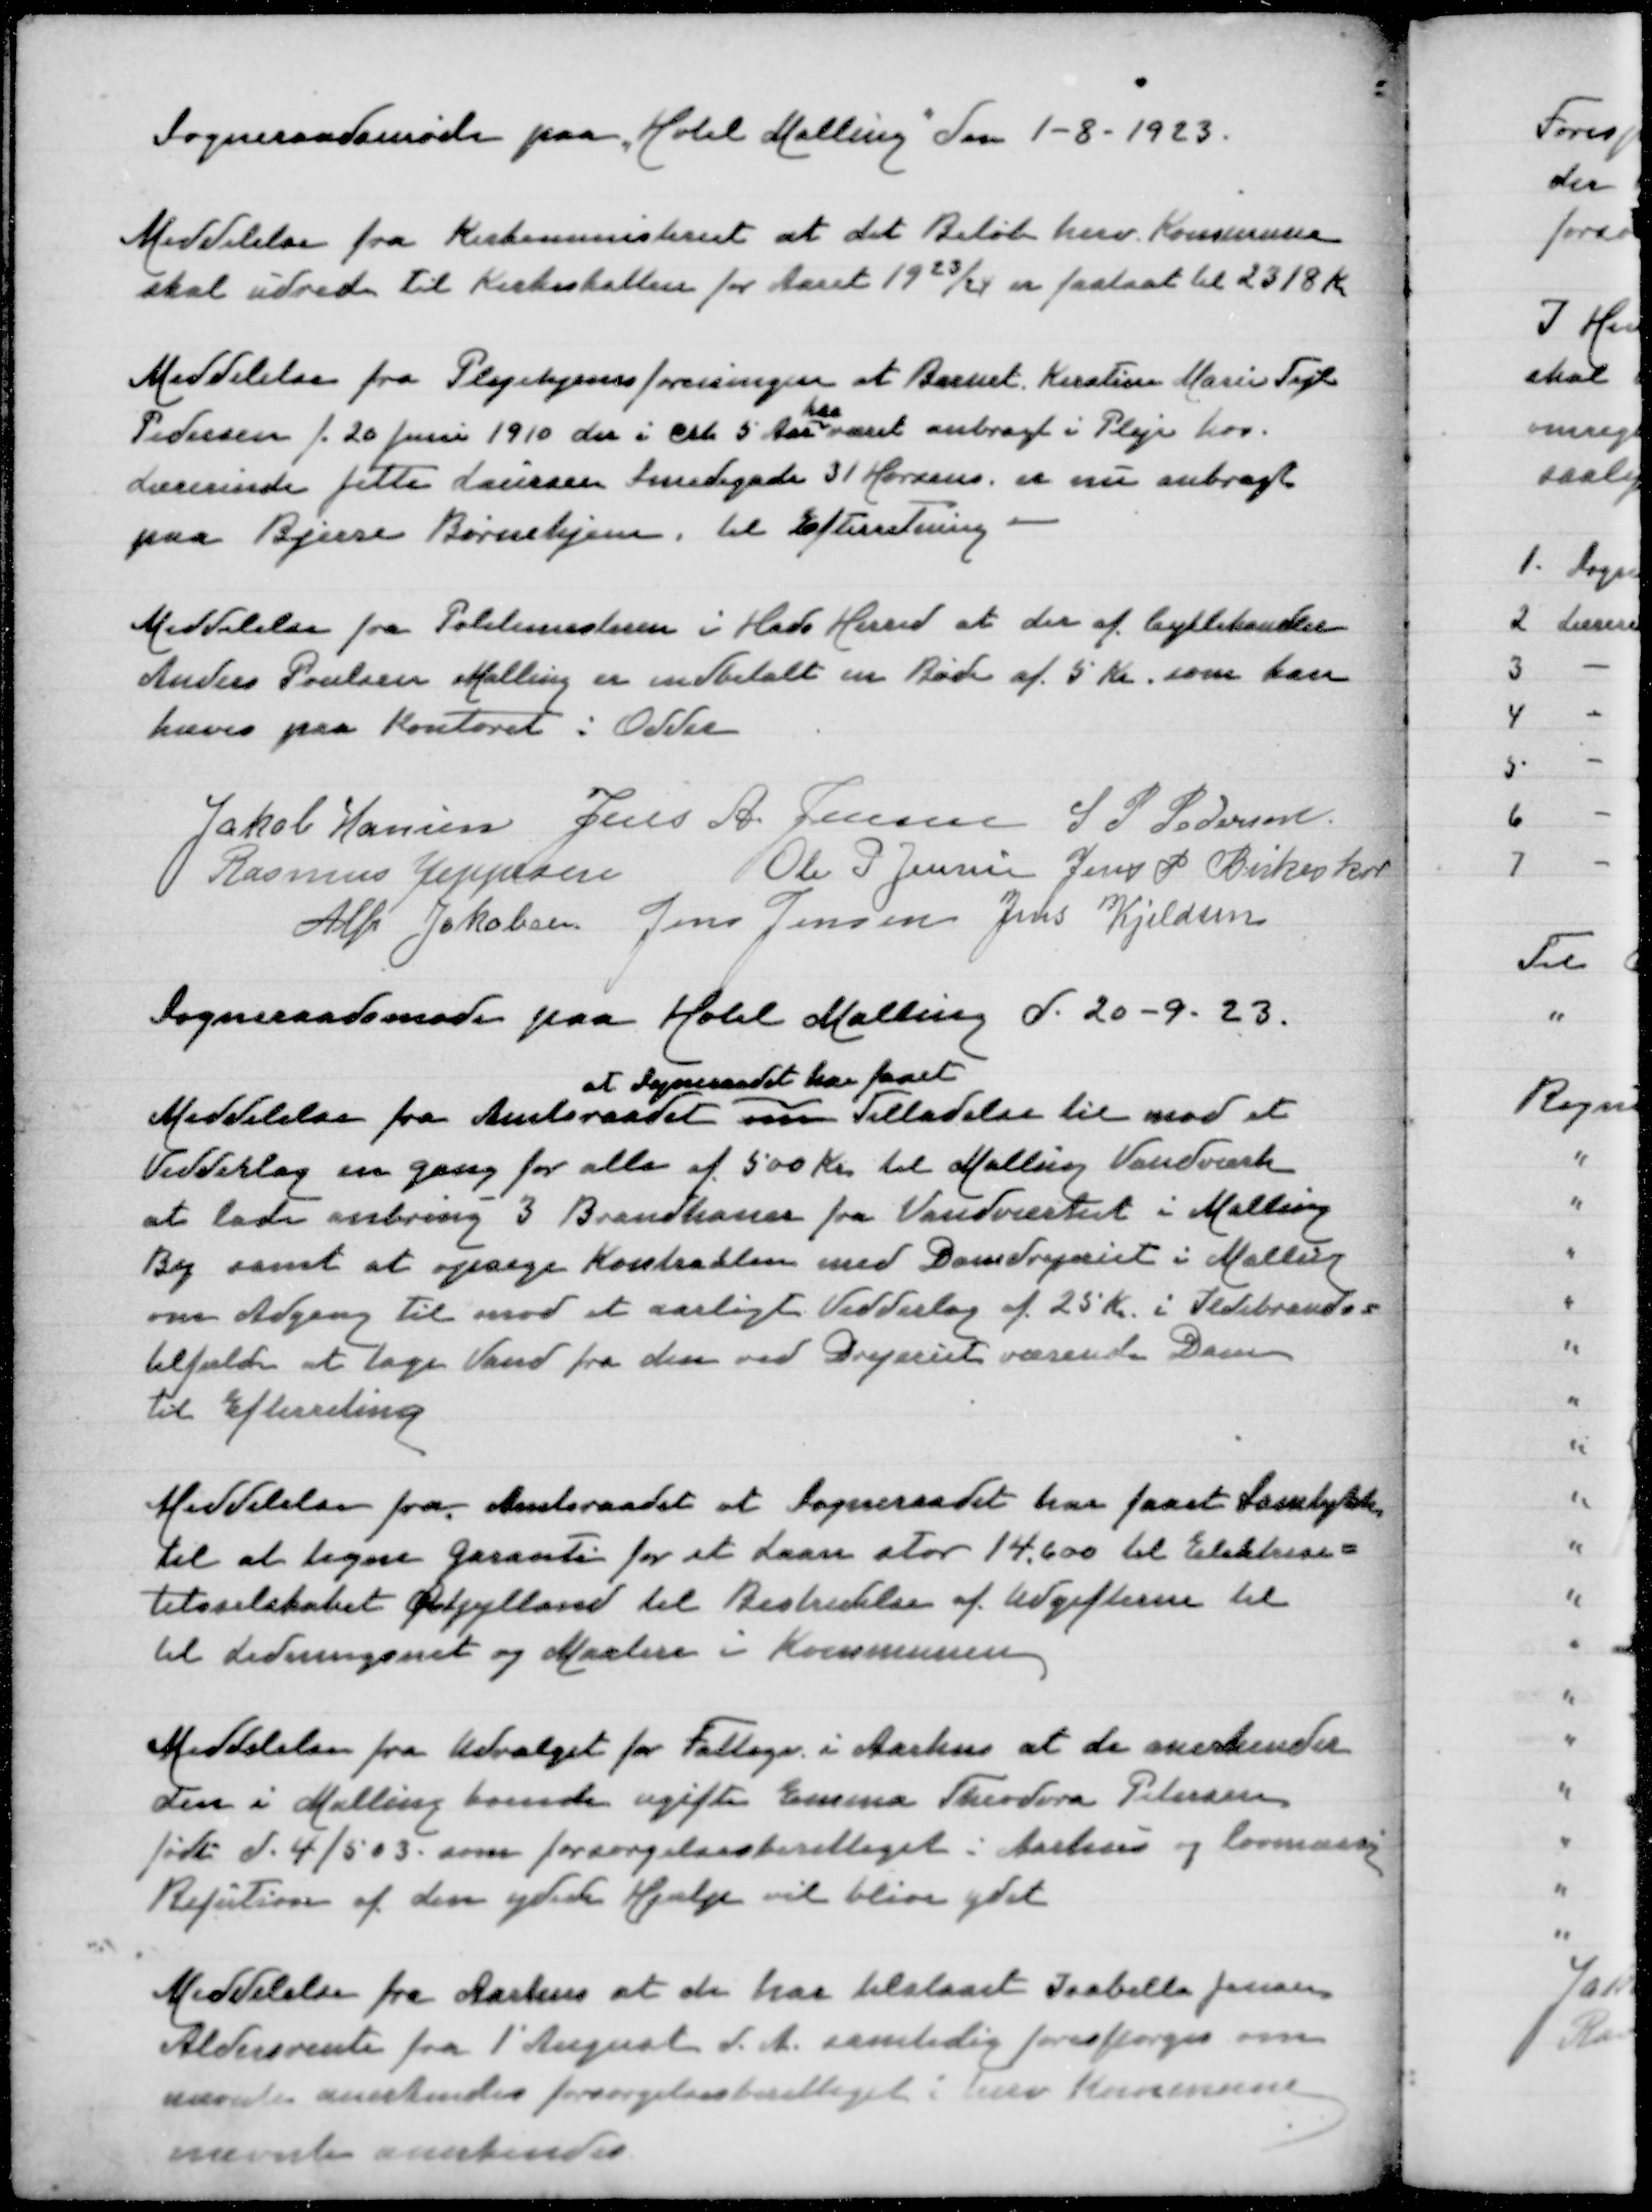
Transskription:
Sogneraadsmøde paa "Hotel Malling" den 1-8-1923
Meddelelse fra Kirkeministeriet at det beløb herv Kommune
skal udrede til Kirkeskatten for Aaret 1923/24 er fastsat til 2318 Kt
Meddelelse fra Plejehjemsforeningen at Barnet Kirstine Marie Fogh
har
Pedersen f. 20 Juni 1910 der i crk 5 Aar været anbragt i Pleje hos
Lærerinde Jette Laursen Smedegade 31 Horsens er nu anbragt
paa Bjerre Børnehjem, til Efterretning
Meddelelse fra Politimesteren i Hads Herred at der ef Cykelhandler
Anders Poulsen Malling er indbetalt en Bøde af 5 Kr som kan
hæves paa Kontoret i Odder
Jakob Hansen
Jens A Jensen
S P Pedersen
Rasmus Jeppesen
Ole P Jensen
Jens P Birkeskov
Alfr Jakobsen
Jens Jensen
Jens Kjeldsen
Sogneraadsmøde paa Hotel Malling d 20-9-23
at Sogeraadet har faaet
Meddelelse fra Amtsraadet  Tilladelse til at
med et Vedderlag en gang for alle af 500 Kr til Malling Vandværk
at lade anbringe 3 Brandhaner fra  Vandværket i Malling
By samt at opsige Kontrakten med Damdrejeriet i Malling
om Adgang til mod et aarligt Vedderlag af 25 Kr i Ildebrandes
tilfælde at tage Vand fra den ved Drejeriet værende Dam
til efterretning
Meddelelse fra Amtsraadet at Sogneraadet har faaet samtykke
til at tegne Garanti for et Laan stor 14.600 til Elektrici=
tetsselskabet Østjylland til Bestridelse af Udgifterne til
til Ledningsnet og Master i Kommunen
Meddelelse fra Udvalget for Fattige i Aarhus at de anerkender
den i Malling boende ugifte Emma Theodora Pedersen
født d 4/5 03 som forsørgelsesberettiget i Aarhus og lovmæssig
Refution af den ydede Hjælp vil blive ydet
Meddelelse fra Aarhus at de har tilstaaet Isabella Jensen
Aldersrente fra 1' August d A samtidig forespørges om
nævnte anerkendes forsørgelsesberettiget i herv Kommune
nævnte anerkendes